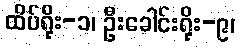
ထိပ်ရိုး-၁၊ ဦးခေါင်းရိုး-၉၊